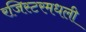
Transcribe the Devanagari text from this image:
रजिस्‍टरमधली